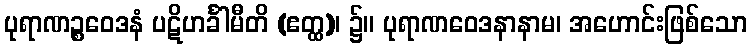
ပုရာဏဉ္စဝေဒနံ ပဋိဟင်္ခါမီတိ (ဧတ္ထ)၊ ၌။ ပုရာဏဝေဒနာနာမ၊ အဟောင်းဖြစ်သော